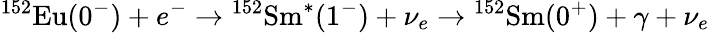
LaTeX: {}^{152}\mathrm{Eu}(0^{-})+e^{-}\rightarrow{}^{152}\mathrm{Sm}^{*}(1^{-})+\nu_{e}\rightarrow{}^{152}\mathrm{Sm}(0^{+})+\gamma+\nu_{e}